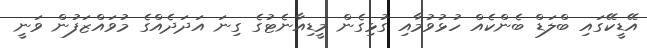
އޭޑީކޭގައި ބްލަޑް ބެންކެއް ހުޅުވުމާއި ގުޅިގެން މީޑިއާނެޓުގެ ގިނަ އަދަދެއްގެ މުވައްޒަފުން ވަނީ